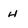
Character: h